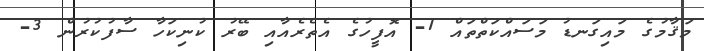
މަޤާމުގެ މައިގަނޑު މަސައްކަތްތައް 1- އޮފީހުގެ އެތެރެއާއި ބޭރު ކުނިކަހާ ސާފުކުރުން 3-